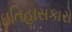
ઇતિહાસકારો